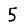
Digit: 5